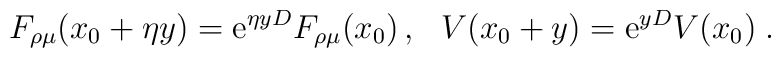
F_{\rho\mu}(x_0+\eta y) = {\rm e}^{\eta y D} F_{\rho\mu}(x_0) \,,\,\,\,\,V(x_0+ y) = {\rm e}^{ y D} V(x_0) \;.